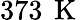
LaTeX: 373\, \mathrm{~K~}